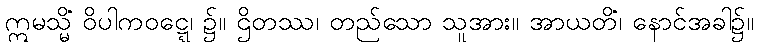
ဣမသ္မိံ ဝိပါကဝဋ္ဋေ၊ ၌။ ဌိတဿ၊ တည်သော သူအား။ အာယတိံ၊ နောင်အခါ၌။